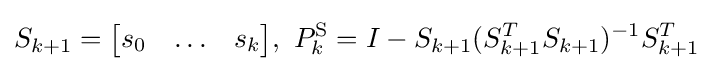
S_{k+1}={\begin{bmatrix}s_{0}&\ldots &s_{k}\end{bmatrix}},~P_{k}^{\text{S}}=I-S_{k+1}(S_{k+1}^{T}S_{k+1})^{-1}S_{k+1}^{T}